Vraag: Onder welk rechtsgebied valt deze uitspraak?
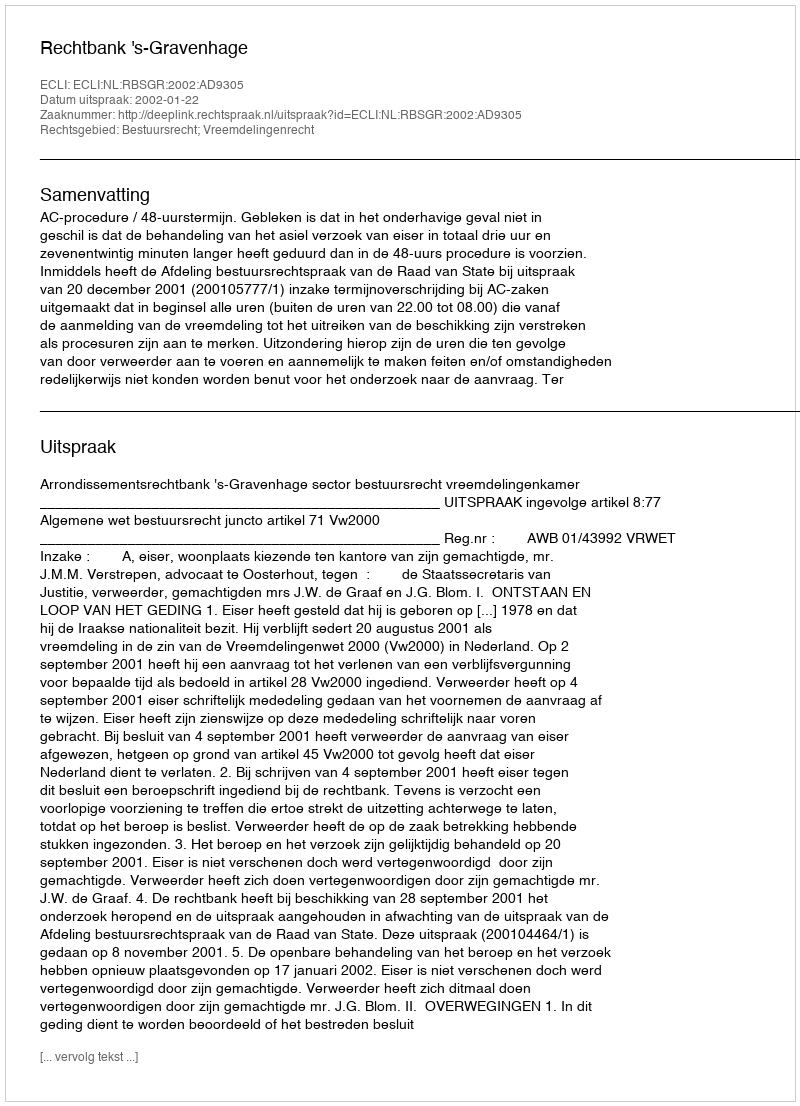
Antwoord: Bestuursrecht; Vreemdelingenrecht